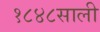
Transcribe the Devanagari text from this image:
१८४८साली